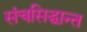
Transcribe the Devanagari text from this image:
संचसिद्धान्त